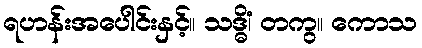
ရဟန်းအပေါင်းနှင့်။ သဒ္ဓိံ၊ တကွ။ ကောသ